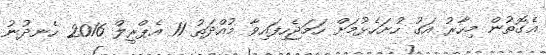
އެގޮތުން މިހާރު އަގު ހުށަހެޅުމަށް ހަމަޖެހިފައިވާ މުއްދަތު 11 އެޕްރީލް 2016 ހެނދުނު